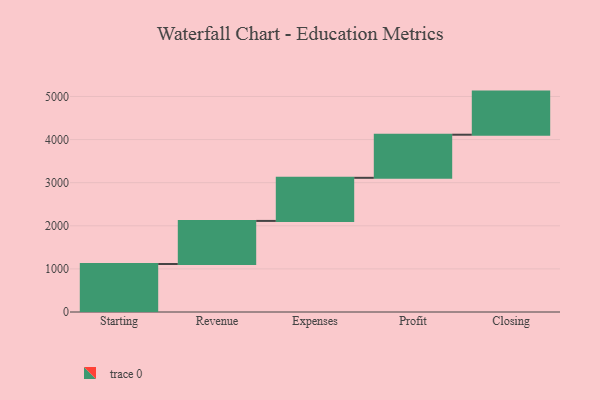
{"axis": {"x": "Step", "y": "Value"}, "legend": [""], "data": [{"x": "Starting", "y": 1113.0, "type": ""}, {"x": "Revenue", "y": 1000, "type": ""}, {"x": "Expenses", "y": 1000, "type": ""}, {"x": "Profit", "y": 1000, "type": ""}, {"x": "Closing", "y": 1000, "type": ""}]}